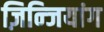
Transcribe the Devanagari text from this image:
ज़िन्जियांग